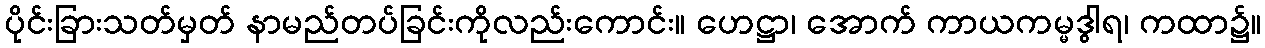
ပိုင်းခြားသတ်မှတ် နာမည်တပ်ခြင်းကိုလည်းကောင်း။ ဟေဋ္ဌာ၊ အောက် ကာယကမ္မဒွါရ၊ ကထာ၌။